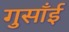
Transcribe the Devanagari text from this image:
गुसाँई